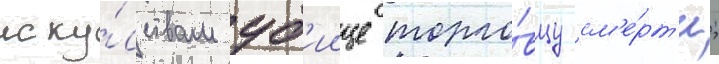
иску́сствам уб'иице торго́вцу см'е́рт'и;